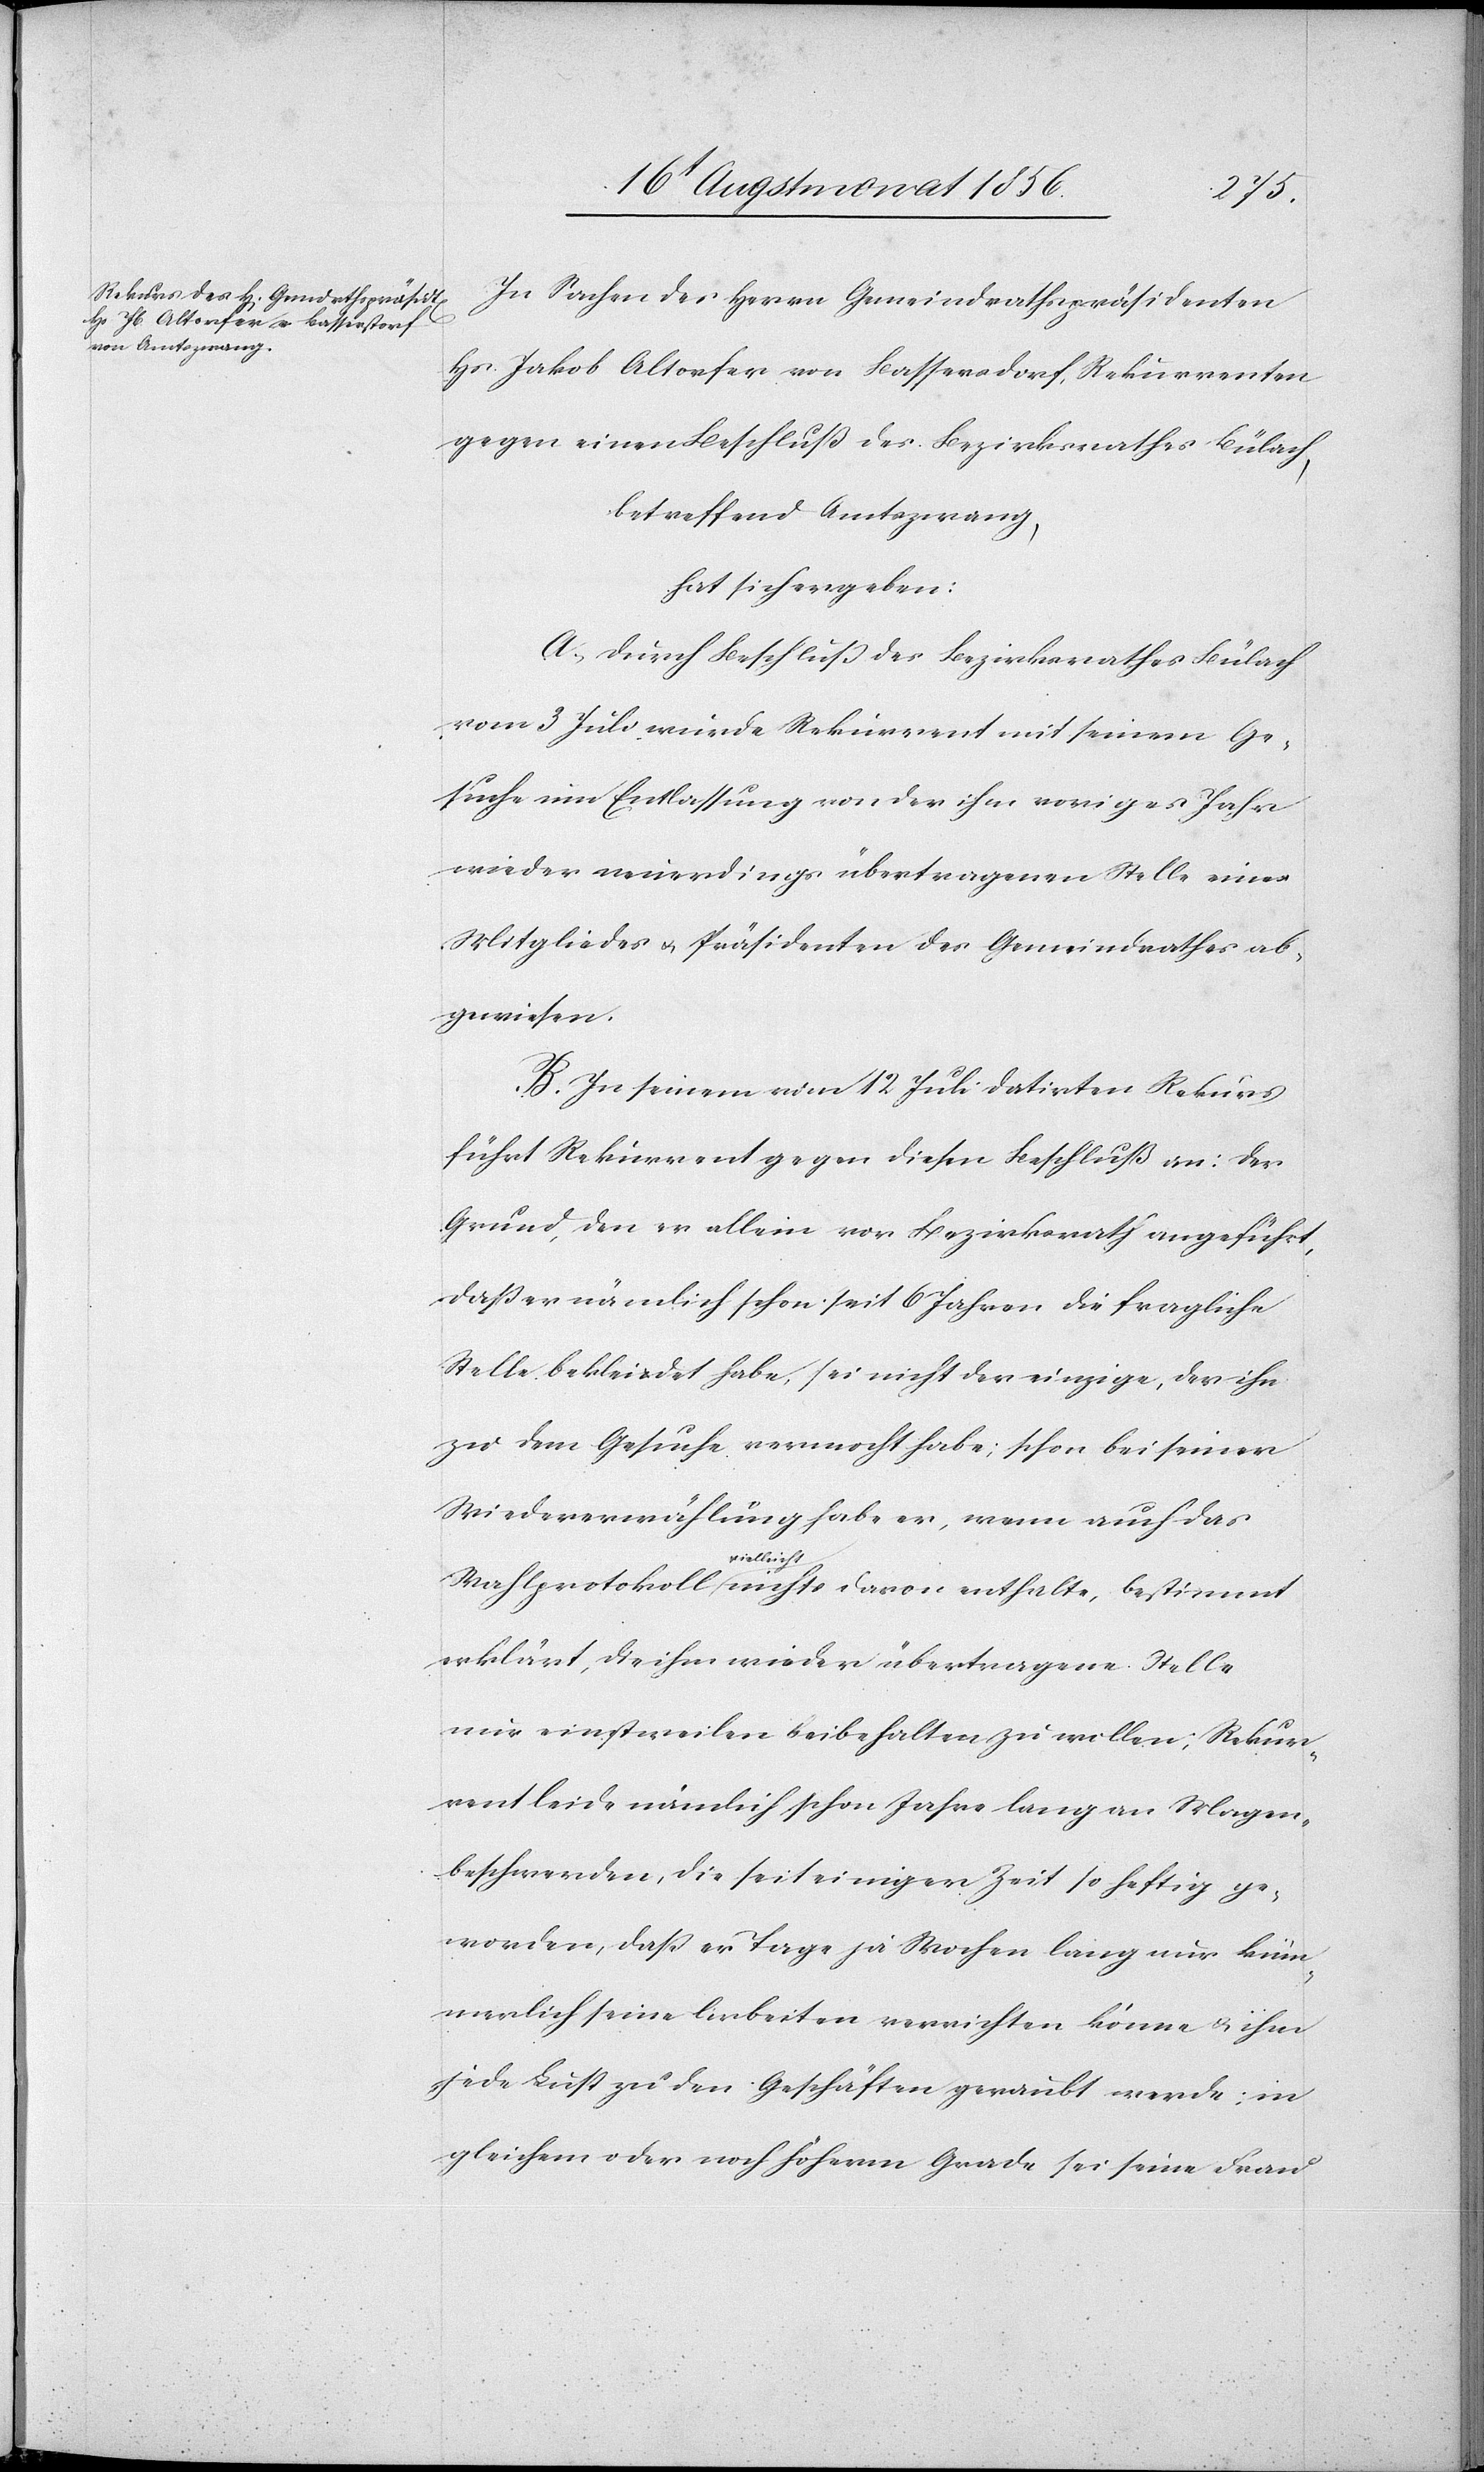
In Sachen des Herrn Gemeindrathspräsidenten
Hs. Jakob Altorfer von Bassersdorf [sic!], Rekurrenten
gegen einen Beschluß des Bezirksrathes Bülach,
betreffend Amtszwang,
hat sich ergeben:
A.) Durch Beschluß des Bezirksrathes Bülach
vom 3 Juli wurde Rekurrent mit seinem Ge¬
suche um Entlassung von der ihm voriges Jahr
wieder neuerdings übertragenen Stelle eines
Mitgliedes u. Präsidenten des Gemeindrathes ab¬
gewiesen.
B.) In seinem vom 12 Juli datirten Rekurs
führt Rekurrent gegen diesen Beschluß an: Der
Grund, den er allein vor Bezirksrath angeführt,
dass er nämlich schon seit 6 Jahren die fragliche
Stelle bekleidet habe, sei nicht der einzige, der ihn
zu dem Gesuche vermocht habe; schon bei seiner
Wiederwählung habe er, wenn auch das
alte,
erklärt, die ihm wieder übertragene Stelle
nur einstweilen beibehalten zu wollen; Rekur¬
rent leide nämlich schon Jahre lang an Magen¬
beschwerden, die seit einiger Zeit so heftig ge¬
worden, dass er Tage ja Wochen lang nur küm¬
merlich seine Arbeiten verrichten könne & ihm
jede Lust zu den Geschäften geraubt werde: in
gleichem oder noch höherm Grade sei seine Frau